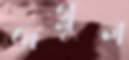
জগ্লুল